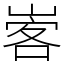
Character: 㟯